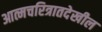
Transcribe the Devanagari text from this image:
आत्मचरित्रातदेखील